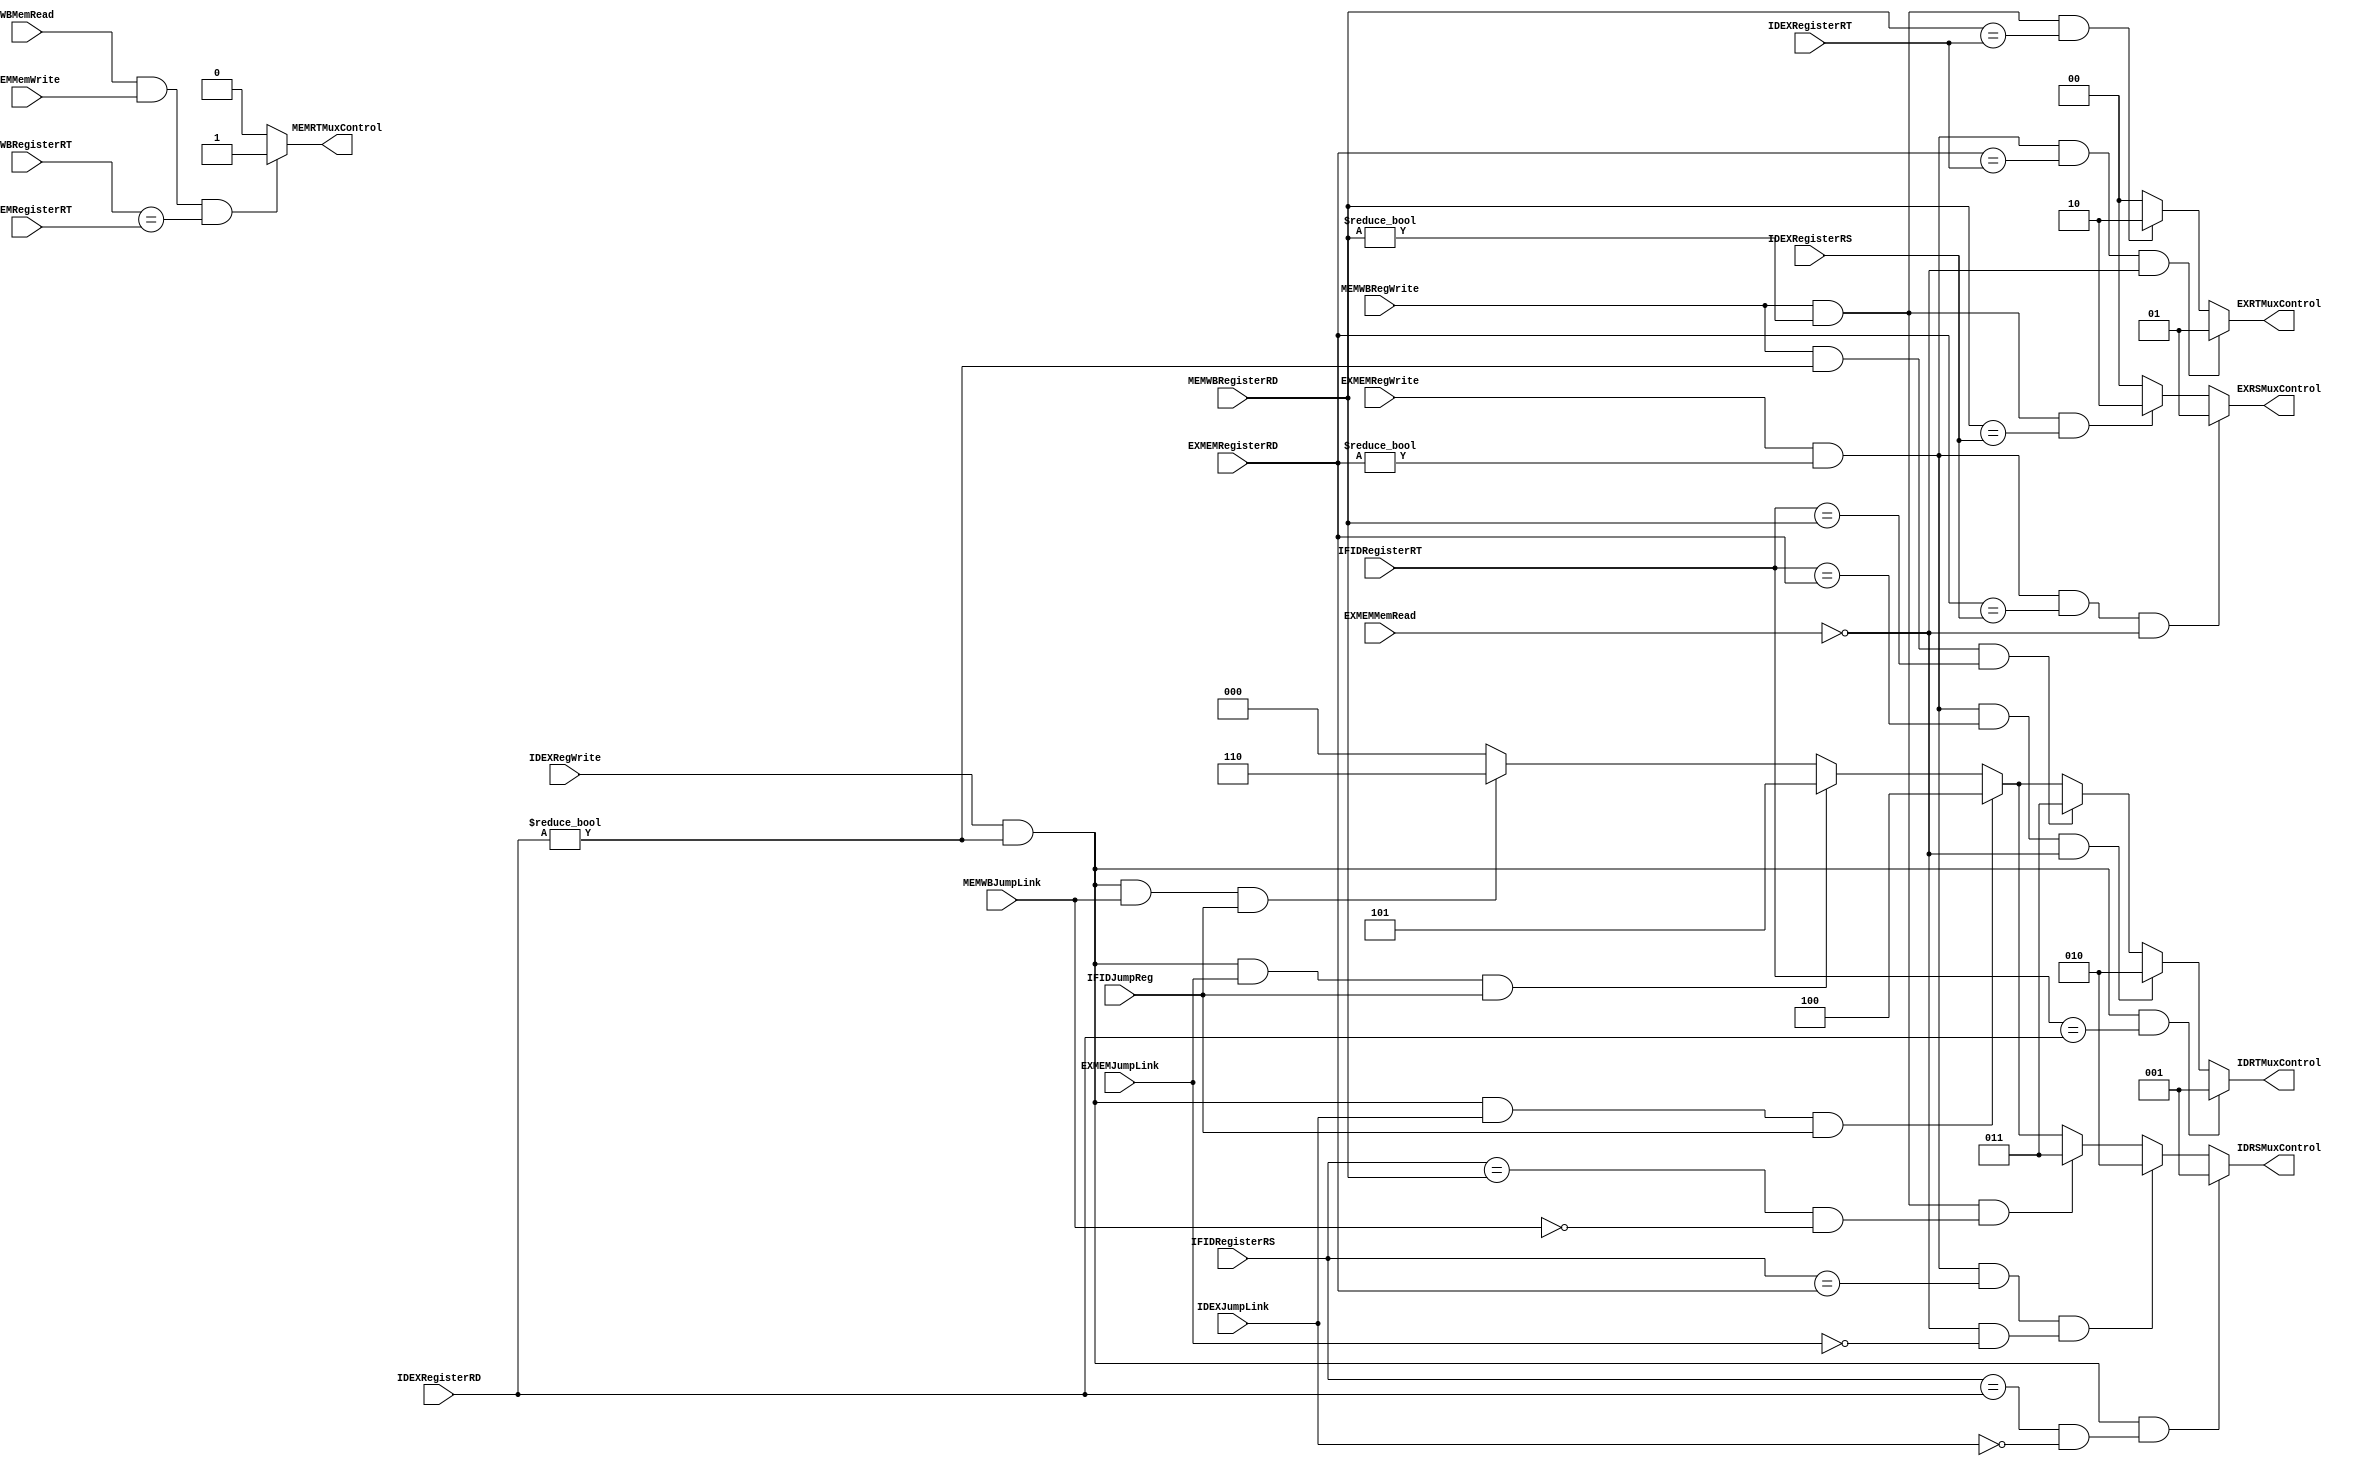
`timescale 1ns / 1ps
//////////////////////////////////////////////////////////////////////////////////
// Company: 
// Engineer: 
// 
// Design Name: 
// Module Name: ForwardingUnit
// Project Name: 
// Target Devices: 
// Tool Versions: 
// Description: 
// 
// Dependencies: 
// 
// Revision:
// Revision 0.01 - File Created
// Additional Comments:
// 
//////////////////////////////////////////////////////////////////////////////////


module ForwardingUnit(
        MEMWBJumpLink,
        IDEXJumpLink,
        EXMEMJumpLink,
        EXMEMMemRead,
        MEMWBRegWrite,
        EXMEMRegWrite,
        EXMEMRegisterRD,
        MEMWBRegisterRD,
        IDEXRegisterRD,
        IDEXRegisterRS,
        IFIDRegisterRS,
        IFIDRegisterRT,
        IDEXRegisterRT,
        IDEXRegWrite,
        EXRSMuxControl,
        EXRTMuxControl,
        IDRSMuxControl,
        IDRTMuxControl,
        MEMRTMuxControl,
        WBMemRead,
        MEMMemWrite,
        MEMWBRegisterRT,
        EXMEMRegisterRT,
        IFIDJumpReg
    );
    
    input MEMWBJumpLink, IDEXJumpLink, EXMEMJumpLink, MEMWBRegWrite, EXMEMRegWrite, IDEXRegWrite, WBMemRead, MEMMemWrite, EXMEMMemRead;
    input [4:0] MEMWBRegisterRD, EXMEMRegisterRD, IDEXRegisterRS, IFIDRegisterRS, IFIDRegisterRT, 
    IDEXRegisterRD, IDEXRegisterRT, MEMWBRegisterRT, EXMEMRegisterRT, IFIDJumpReg;
    
    output reg [1:0] EXRSMuxControl, EXRTMuxControl;
    output reg [2:0] IDRSMuxControl, IDRTMuxControl;
    output reg MEMRTMuxControl;
    
    always@(*) begin
        // Forwarding to EX stage
        if(EXMEMRegWrite && (EXMEMRegisterRD != 0) && (EXMEMRegisterRD == IDEXRegisterRS) && ~EXMEMMemRead) // RS MEM
            EXRSMuxControl <= 3'd1;
        else if(MEMWBRegWrite && (MEMWBRegisterRD != 0) && (MEMWBRegisterRD == IDEXRegisterRS)) // RS WB
            EXRSMuxControl <= 3'd2;
        else
            EXRSMuxControl <= 3'd0;
        
        if(EXMEMRegWrite && (EXMEMRegisterRD != 0) && (EXMEMRegisterRD == IDEXRegisterRT) && ~EXMEMMemRead) // RT MEM
            EXRTMuxControl <= 3'd1;
        else if(MEMWBRegWrite && (MEMWBRegisterRD != 0) && (MEMWBRegisterRD == IDEXRegisterRT)) // RT WB
            EXRTMuxControl <= 3'd2;
        else
            EXRTMuxControl <= 3'd0;
        
        // MEMWBJumpLink
        // Forwarding to ID stage
        if(IDEXRegWrite && (IDEXRegisterRD != 0) && (IFIDRegisterRS == IDEXRegisterRD) & ~IDEXJumpLink) // ALUResult RS EX
            IDRSMuxControl <= 3'd1;
        else if(EXMEMRegWrite && (EXMEMRegisterRD != 0) && (IFIDRegisterRS == EXMEMRegisterRD) && ~EXMEMMemRead & ~EXMEMJumpLink)// Address RS EX
            IDRSMuxControl <= 3'd2;
        else if(MEMWBRegWrite && (MEMWBRegisterRD != 0) && (IFIDRegisterRS == MEMWBRegisterRD) & ~MEMWBJumpLink) // WriteData RS WB
            IDRSMuxControl <= 3'd3;
        else if(IDEXRegWrite && (IDEXRegisterRD != 0) && IDEXJumpLink && IFIDJumpReg) // PCAddResult RS EX
            IDRSMuxControl <= 3'd4;
        else if(IDEXRegWrite && (IDEXRegisterRD != 0) && EXMEMJumpLink && IFIDJumpReg ) // PCAddResult RS MEM
            IDRSMuxControl <= 3'd5;
        else if(IDEXRegWrite && (IDEXRegisterRD != 0) && MEMWBJumpLink && IFIDJumpReg ) // PCAddResult RS WB
            IDRSMuxControl <= 3'd6;
        else
            IDRSMuxControl <= 3'd0;
        
        if(IDEXRegWrite && (IDEXRegisterRD != 0) && (IFIDRegisterRT == IDEXRegisterRD) ) // ALUResult RT EX
            IDRTMuxControl <= 3'd1;
        else if(EXMEMRegWrite && (EXMEMRegisterRD != 0) && (IFIDRegisterRT == EXMEMRegisterRD) && ~EXMEMMemRead)// Address RT EX
            IDRTMuxControl <= 3'd2;
        else if(MEMWBRegWrite && (IDEXRegisterRD != 0) && (IFIDRegisterRT == MEMWBRegisterRD)) // WriteData RT WB
            IDRTMuxControl <= 3'd3;
        else if(IDEXRegWrite && (IDEXRegisterRD != 0) && IDEXJumpLink && IFIDJumpReg ) // PCAddResult RT EX
            IDRTMuxControl <= 3'd4;
        else if(IDEXRegWrite && (IDEXRegisterRD != 0) && EXMEMJumpLink && IFIDJumpReg ) // PCAddResult RT MEM
            IDRTMuxControl <= 3'd5;
        else if(IDEXRegWrite && (IDEXRegisterRD != 0) && MEMWBJumpLink && IFIDJumpReg ) // PCAddResult RT WB
            IDRTMuxControl <= 3'd6;
        else
            IDRTMuxControl <= 3'd0;

        // lw -> sw forwarding from wb to memory
        if(WBMemRead && MEMMemWrite && (MEMWBRegisterRT == EXMEMRegisterRT))
            MEMRTMuxControl <= 1;
        else
            MEMRTMuxControl <= 0;
            
    end
    
endmodule